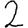
Digit: 2